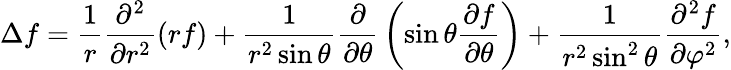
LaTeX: \Delta f={\frac{1}{r}}{\frac{\partial^{2}}{\partial r^{2}}}(rf)+{\frac{1}{r^{2}\sin\theta}}{\frac{\partial}{\partial\theta}}\left(\sin\theta{\frac{\partial f}{\partial\theta}}\right)+{\frac{1}{r^{2}\sin^{2}\theta}}{\frac{\partial^{2}f}{\partial\varphi^{2}}},